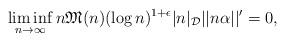
LaTeX: \begin{align*}\liminf_{n\to\infty} n \mathfrak{M}(n)(\log n)^{1+\epsilon} |{n}|_{\mathcal{D} } ||{n\alpha}||^{\prime} = 0,\end{align*}